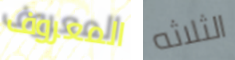
المعروف الثلاثه